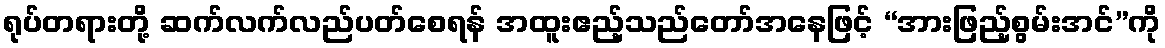
ရုပ်တရားတို့ ဆက်လက်လည်ပတ်စေရန် အထူးဧည့်သည်တော်အနေဖြင့် “အားဖြည့်စွမ်းအင်”ကို